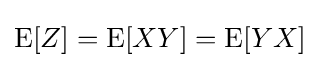
\operatorname {E} [Z]=\operatorname {E} [XY]=\operatorname {E} [YX]